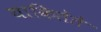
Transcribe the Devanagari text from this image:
याकितेते